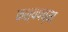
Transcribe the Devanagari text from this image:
कश्यपच्या